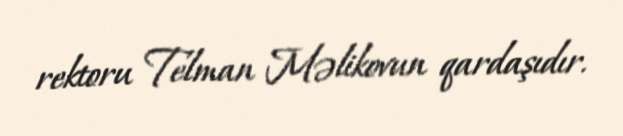
rektoru Telman Məlikovun qardaşıdır.